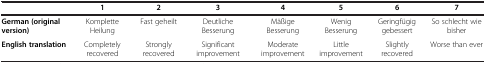
|  | 1 | 2 | 3 | 4 | 5 | 6 | 7 |
 | --- | --- | --- | --- | --- | --- | --- | --- |
 | German (original version) | Komplette Heilung | Fast geheilt | Deutliche Besserung | Mäßige Besserung | Wenig Besserung | Geringfügig gebessert | So schlecht wie bisher |
 | English translation | Completely recovered | Strongly recovered | Significant improvement | Moderate improvement | Little improvement | Slightly recovered | Worse than ever |